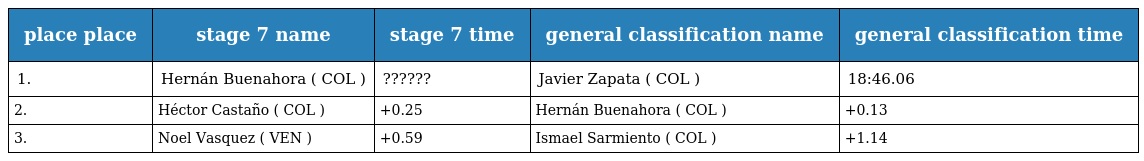
| place place | stage 7 name | stage 7 time | general classification name | general classification time |
 | --- | --- | --- | --- | --- |
 | 1. | Hernán Buenahora ( COL ) | ?????? | Javier Zapata ( COL ) | 18:46.06 |
 | 2. | Héctor Castaño ( COL ) | +0.25 | Hernán Buenahora ( COL ) | +0.13 |
 | 3. | Noel Vasquez ( VEN ) | +0.59 | Ismael Sarmiento ( COL ) | +1.14 |